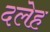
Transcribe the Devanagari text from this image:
दलेह